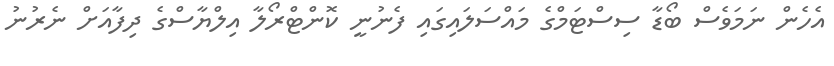
އެހެން ނަމަވެސް ބޯޑާ ސިސްޓަމްގެ މައްސަލައިގައި ފެނުނީ ކޮންޓްރޯލާ އިލްޔާސްގެ ދިފާއަށް ނެރުނު